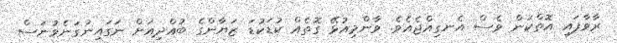
ރާވާފައި އޮތްކަން ވެސް އެނގިއްޖެއެވެ. ވާންމިއުޅޭ ގޮތެއް ކުޑަކުޑަ ޒަޔާންގެ ބުއްދިއަށް ނަގައިނުގަނެވުނަސް